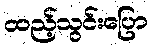
ထည့်သွင်းပြော